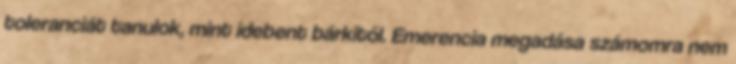
toleranciát tanulok, mint idebent bárkitől. Emerencia megadása számomra nem